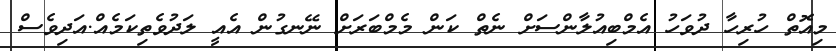
މިއޮތް ހުރިހާ ދުވަހު އެމްބިއުލާންސަށް ނެތް ކަން މެމްބަރަށް ނޭނގުން އެއީ ލަދުވެތިކަމެއް.އަދިވެސް